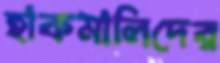
হাকমালিদের